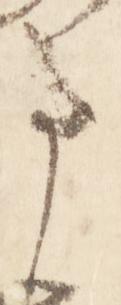
事